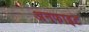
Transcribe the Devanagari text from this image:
अनफाइट